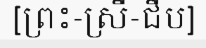
[ព្រះ-ស្រី-ជីប]